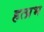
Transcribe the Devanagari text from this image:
हत्प्रभ